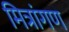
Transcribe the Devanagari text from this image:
मित्रांगण